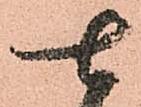
七